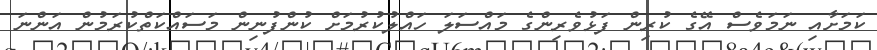
ކަމަށާއި ނަމަވެސް އޭގެ ކުރިން ފަޅުވެރިންގެ މައްސަލަ ހައްލުކުރުމަށް ކުންފުނިން މަސައްކަތްކުރަމުން އަންނަ